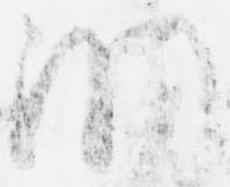
洞